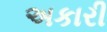
અકારી